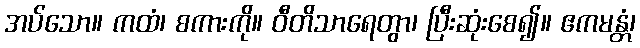
အပ်သော။ ကထံ၊ စကားကို။ ဝီတိသာရေတွာ၊ ပြီးဆုံးစေ၍။ ဧကမန္တံ၊